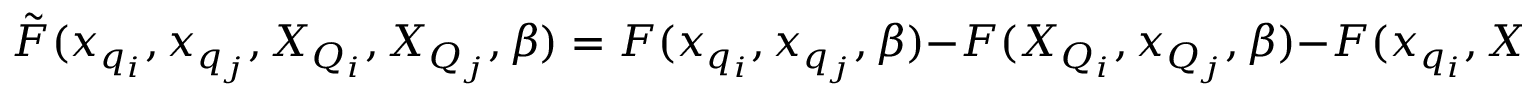
\tilde { F } ( x _ { q _ { i } } , x _ { q _ { j } } , X _ { Q _ { i } } , X _ { Q _ { j } } , \beta ) = F ( x _ { q _ { i } } , x _ { q _ { j } } , \beta ) - F ( X _ { Q _ { i } } , x _ { Q _ { j } } , \beta ) - F ( x _ { q _ { i } } , X _ { Q _ { j } } , \beta ) + F ( X _ { Q _ { i } } , X _ { Q _ { j } } , \beta ) \ ,